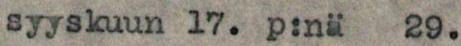
syyskuun 17.p:nä 29.